Reports on dispensaries and lunatic asylums in the Province of Oudh - 1869-1876
Year: 1869
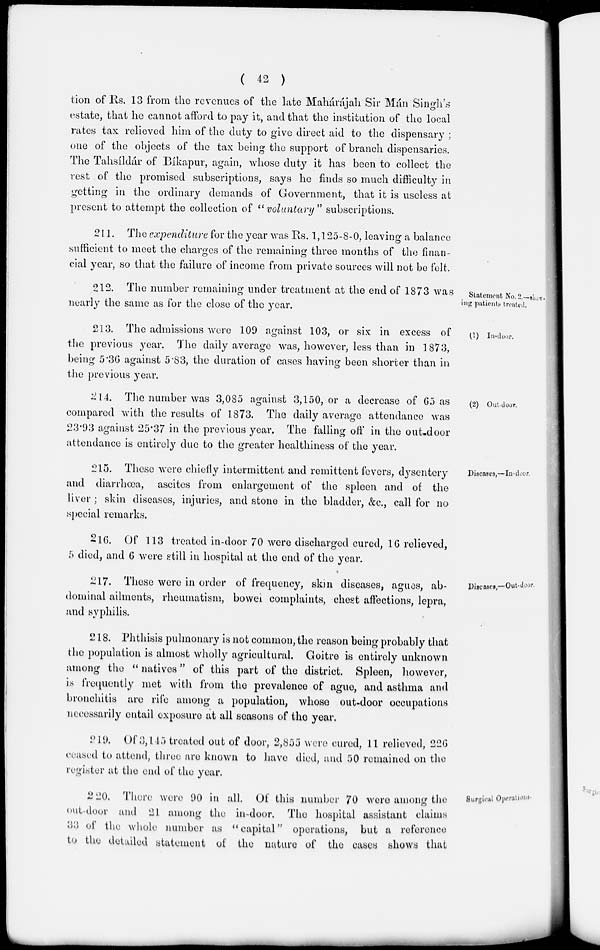
( 42 )
tion of Rs. 13 from the revenues of the late Mahárájah Sir Mán Singh's
estate, that he cannot afford to pay it, and that the institution of the local
rates tax relieved him of the duty to give direct aid to the dispensary ;
one of the objects of the tax being the support of branch dispensaries.
The Tahsíldár of Bíkapur, again, whose duty it has been to collect the
rest of the promised subscriptions, says he finds so much difficulty in
getting in the ordinary demands of Government, that it is useless at
present to attempt the collection of "voluntary"
subscriptions.
211. The expenditure for the year was Rs. 1,125-8-0, leaving a balance
sufficient to meet the charges of the remaining three months of the finan-
cial year, so that the failure of income from private sources will not be felt.
Statement. No. 2.—show-
ing patients treated.
212. The number remaining under treatment at the end of 1873 was
nearly the same as for the close of the year.
(1) In-door.
213. The admissions were 109 against 103, or six in excess of
the previous year. The daily average was, however, less than in 1873,
being 5.36 against 5.83, the duration of cases having been shorter than in
the previous year.
(2) Out-door.
214. The number was 3,085 against 3,150, or a decrease of 65 as
compared with the results of 1873. The daily average attendance was
23.93 against 25.37 in the previous year. The falling off in the out-door
attendance is entirely due to the greater healthiness of the year.
Diseases,—In-door.
215. These were chiefly intermittent and remittent fevers, dysentery
and diarrhœa, ascites from enlargement of the spleen and of the
liver ; skin diseases, injuries, and stone in the bladder, &c., call for no
special remarks.
216. Of 113 treated in-door 70 were discharged cured, 16 relieved,
5 died, and 6 were still in hospital at the end of the year.
Diseases,—Out-door.
217. These were in order of frequency, skin diseases, agues, ab
dominal ailments, rheumatism, bowei complaints, chest affections, lepra,
and syphilis.
218. Phthisis pulmonary is not common, the reason being probably that
the population is almost wholly agricultural. Goitre is entirely unknown
among the " natives" of this part of the district. Spleen, however,
is frequently met with from the prevalence of ague, and asthma and
bronchitis are riſe among a population, whose out-door occupations
necessarily entail exposure at all seasons of the year.
219. Of 3,145 treated out of door, 2,855 were cured, 11 relieved, 226
ceased to attend, three are known to have died, and 50 remained on the
register at the end of the year.
Surgical Operations.
220. There were 90 in all. Of this number 70 were among the
out-door and 21 among the in-door. The hospital assistant claims
33 of the whole number as "capital" operations, but a reference
to the detailed statement of the nature of the cases shows that